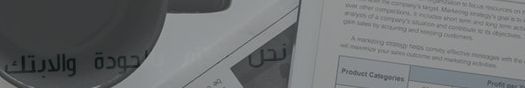
نحن نلتزم بالجودة والابتك